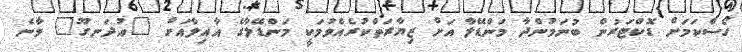
ގޯސްކަމަށް ޑޮކްޓަރުން ބުނަމުންދާ މަންޑޭލާ އަށް ޒިޔާރަތްކުރެއްވުމަކީ މަންޑޭލާގެ އާއިލާއަށް "އުދަނގޫ" ވާނެ